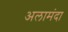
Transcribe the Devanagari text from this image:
अलामंदा